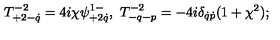
T _ { + 2 - \dot { q } } ^ { - 2 } = 4 i \chi \psi _ { + 2 \dot { q } } ^ { 1 - } , \ T _ { - q - p } ^ { - 2 } = - 4 i \delta _ { \dot { q } \dot { p } } ( 1 + \chi ^ { 2 } ) ;